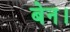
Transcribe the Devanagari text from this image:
बेन।